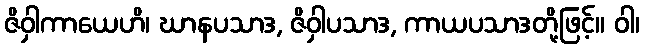
ဇိဝှါကာယေဟိ၊ ဃာနပသာဒ, ဇိဝှါပသာဒ, ကာယပသာဒတို့ဖြင့်။ ဝါ၊